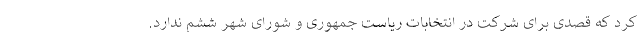
کرد که قصدی برای شرکت در انتخابات ریاست جمهوری و شورای شهر ششم ندارد.